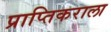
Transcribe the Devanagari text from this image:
प्राप्‍तिकराला